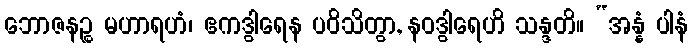
ဘောဇနဉ္စ မဟာရဟံ၊ ဧကဒွါရေန ပဝိသိတွာ, နဝဒွါရေဟိ သန္ဒတိ။ “အန္နံ ပါနံ